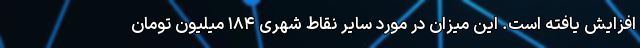
افزایش یافته است. این میزان در مورد سایر نقاط شهری ۱۸۴ میلیون تومان